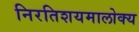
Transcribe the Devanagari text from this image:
निरतिशयमालोक्य